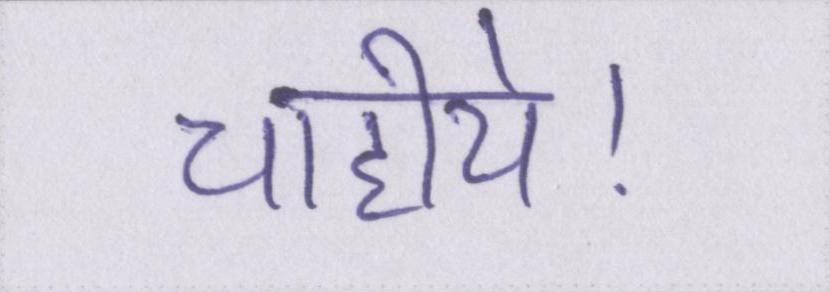
चाहीये।